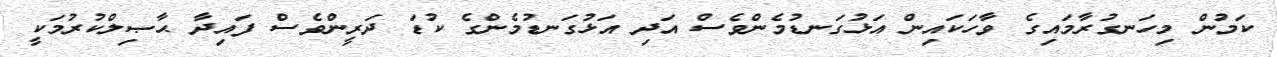
ކަމުން މިހަނގުރާމައިގެ ވާހަކައިން އަޅުގަނޑުމެންވެސް އަދި އަޅުގަނޑުމެންގެ ކުޑަ ދަރީންވެސް ފައިދާ ޙާޞިލްކުރުމަކީ